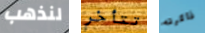
لنذهب تتأخر ذاكرته